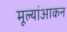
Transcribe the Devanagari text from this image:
मूल्यांआकन